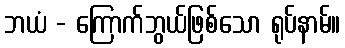
ဘယံ - ကြောက်ဘွယ်ဖြစ်သော ရုပ်နာမ်။